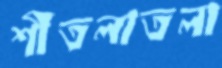
শীতলাতলা